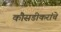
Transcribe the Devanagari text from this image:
कौसडीकरांचे